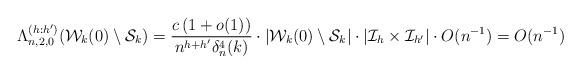
LaTeX: \begin{align*}\Lambda^{(h:h')}_{n,2,0}(\mathcal{W}_{k}(0) \setminus \mathcal S_k) = \frac{c\left(1+o(1) \right) }{ n^{h+h'}\delta^4_n(k) }\cdot |\mathcal{W}_{k}(0) \setminus \mathcal S_k| \cdot |\mathcal{I}_h \times \mathcal{I}_{h'}|\cdot O(n^{-1}) =O(n^{-1})\end{align*}